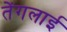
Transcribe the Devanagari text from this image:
तेंगलाई